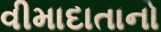
વીમાદાતાનો